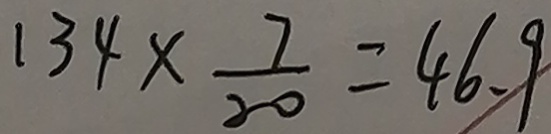
1 3 4 \times \frac { 7 } { 2 0 } = 4 6 . 9